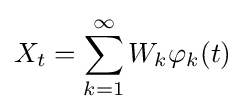
X_{t}=\sum _{k=1}^{\infty }W_{k}\varphi _{k}(t)